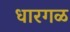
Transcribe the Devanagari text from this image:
धारगळ